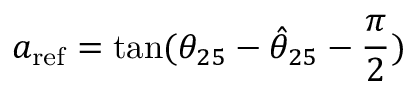
a _ { \mathrm { r e f } } = \tan ( { \theta _ { 2 5 } - \hat { \theta } _ { 2 5 } - \frac \pi 2 } )